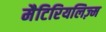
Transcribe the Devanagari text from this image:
मैटिरियलिज़्म